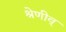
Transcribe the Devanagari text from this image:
श्रेणीव्